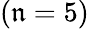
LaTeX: (\mathfrak{n}=5)